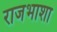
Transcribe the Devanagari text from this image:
राजभाशा